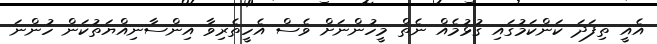
އެއީ ތިފަދަ ކަންކަމުގައި ގުޅުމެއް ނެތް މީހުންނަށް ވެސް އެހީތެރިވާ އިންސާނިއްޔަތުކަން ހުންނަ